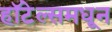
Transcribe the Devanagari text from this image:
हॉटेल्समधून